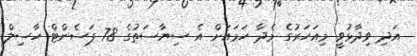
އަދި ވިދާޅުވީ މިއަހަރުގެ މެދާ ހަމައަށް އެ ސިޔާސަތުގެ 78 ޕަސެންޓް ހާސިލް